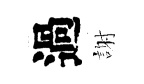
過謝